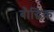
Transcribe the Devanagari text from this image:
बौद्धिक